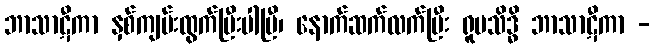
ဘာသာဋီကာ နှစ်ကျမ်းထွက်ပြီးပါပြီ၊ နောက်ဆက်လက်ပြီး ရူပသိဒ္ဓိ ဘာသာဋီကာ -